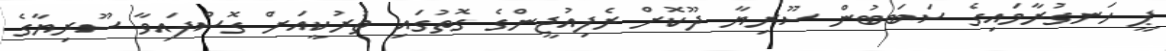
ޕީ ހަނގުރާމައިގެ ސަބަބުން ސޫރިޔާ ދޫކޮށް ރެފިއުޖީންގެ ގޮތުގައި ތުރުކީއަށް ގޮސްފައިވާ ސޫރިޔާގެ